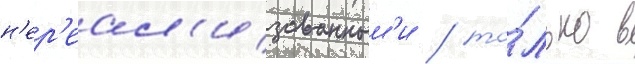
н'ер'еал'изованным'и / то́лько в